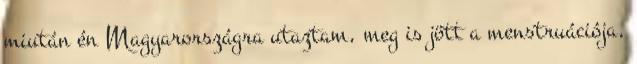
miután én Magyarországra utaztam, meg is jött a menstruációja,